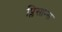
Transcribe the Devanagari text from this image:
प्लिसान्स